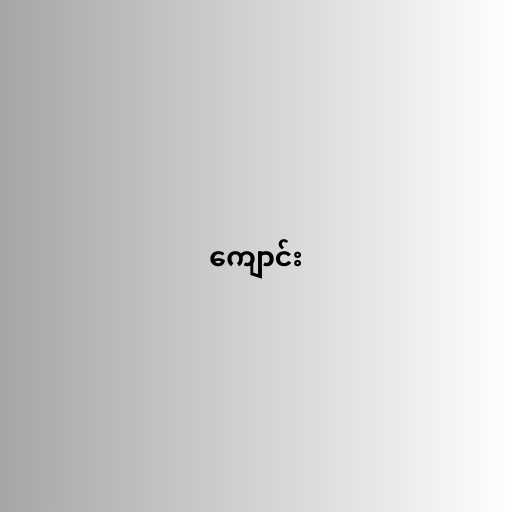
ကျောင်း